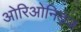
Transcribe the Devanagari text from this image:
ओरिओनिड्ज